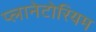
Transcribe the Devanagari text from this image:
प्लानेटोरियम